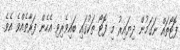
ފޮޓޯތައް ނަގަމުން ދިޔައިރު މި ފޮޓޯ ތަކުގައި ބައިވެރިވި އެހެން ފަރާތެއްވެ އެވެ.